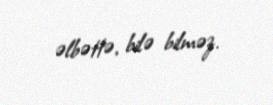
əlbəttə, bilə bilməz.